Report of the Municipal Commissioner on the plague in Bombay for the year ending 31st May... - Volume 2
Disease focus: Plague
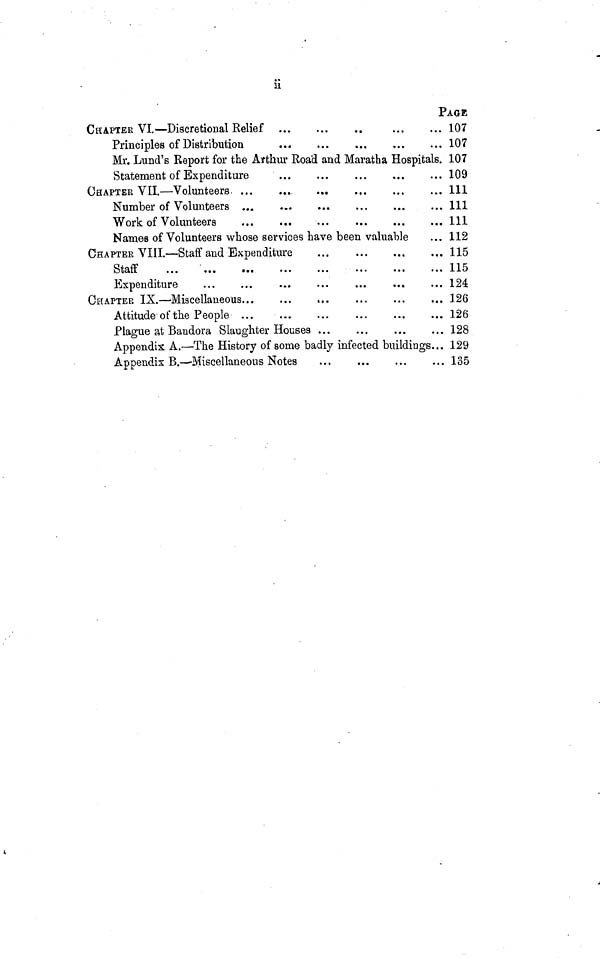
ii
PAGE
CHAPTER VI.—Discretional Relief
107
Principles of Distribution
...
107
Mr. Lund's Report for the Arthur Road and Maratha Hospitals. 107
Statement of Expenditure
...
...
...
...
... 109
CHAPTER VII.—Volunteers
111
Number of Volunteers
111
Work of Volunteers
111
Names of Volunteers whose services have been valuable
... 112
CHAPTER VIII.—Staff and Expenditure
...
115
Staff
115
Expenditure
124
CHAPTER IX.—Miscellaneous
126
Attitude of the People
126
Plague at Bandora Slaughter Houses
128
Appendix A.—The History of some badly infected buildings... 129
Appendix B.—Miscellaneous Notes
135